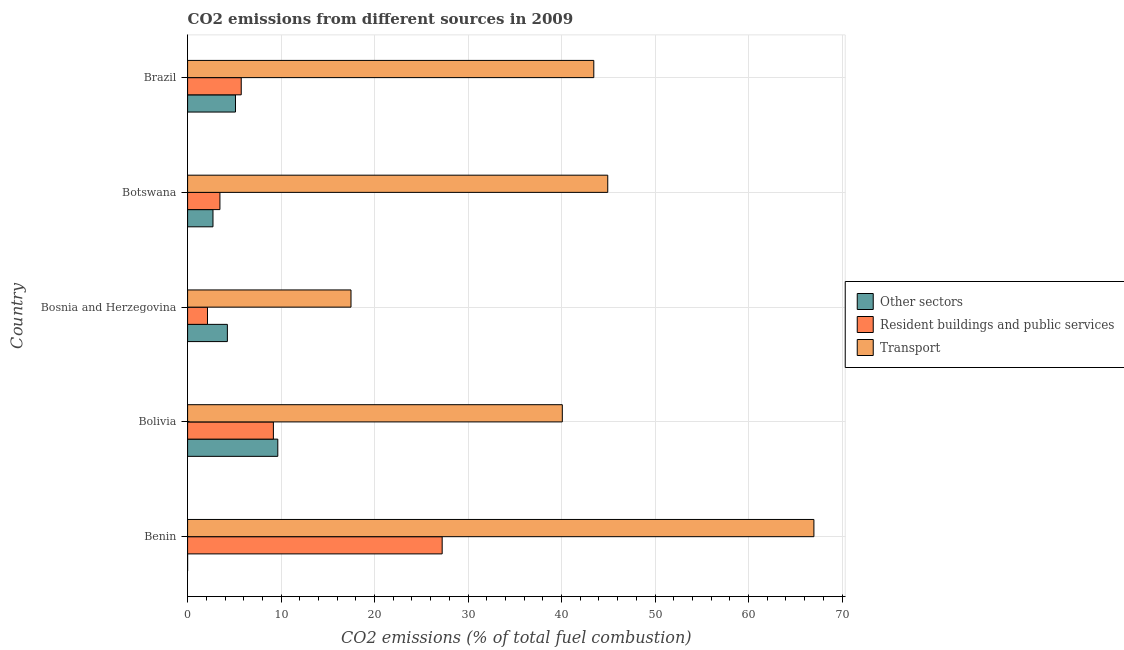
| Country | Other sectors | Resident buildings and public services | Transport |
 | --- | --- | --- | --- |
 | Benin | -5.14e-15 | 27.2 | 67 |
 | Bolivia | 9.65 | 9.18 | 40.1 |
 | Bosnia and Herzegovina | 4.26 | 2.13 | 17.5 |
 | Botswana | 2.72 | 3.46 | 44.9 |
 | Brazil | 5.12 | 5.74 | 43.4 |